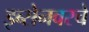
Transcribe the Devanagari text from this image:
इब्सेनवरचे